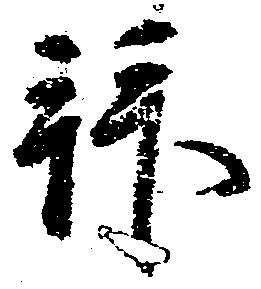
拝